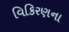
વિકિરણના